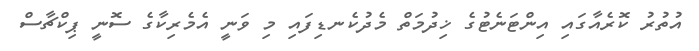
އުތުރު ކޮރެއާގައި އިންޓަނެޓުގެ ޚިދުމަތް މެދުކެނޑިފައި މި ވަނީ އެމެރިކާގެ ސޮނީ ޕިކްޗާސް